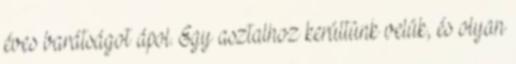
éves barátságot ápol. Egy asztalhoz kerültünk velük, és olyan